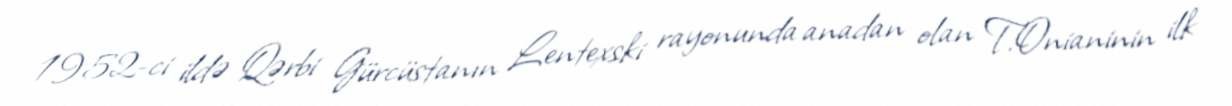
1952-ci ildə Qərbi Gürcüstanın Lentexski rayonunda anadan olan T.Onianinin ilk